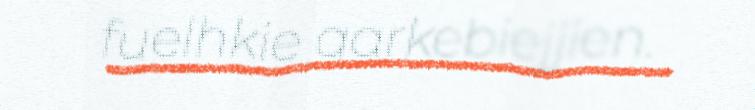
fuelhkie aarkebiejjien.